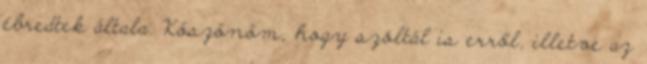
ébredtek általa. Köszönöm, hogy szóltál is erről, illetve az